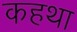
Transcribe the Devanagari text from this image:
कहथा